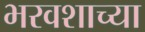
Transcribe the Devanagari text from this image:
भरवशाच्या